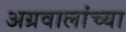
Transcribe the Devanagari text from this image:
अग्रवालांच्या